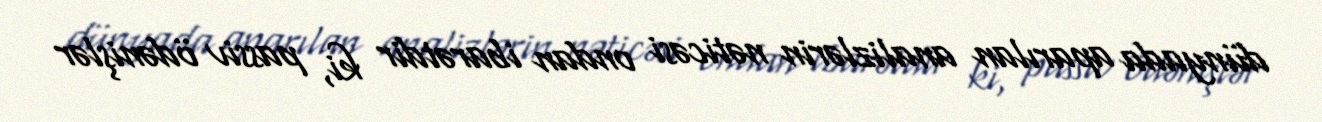
dünyada aparılan analizlərin nəticəsi ondan ibarətdir ki, passiv ödənişlər